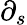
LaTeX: \partial_{s}